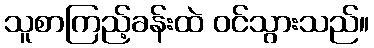
သူစာကြည့်ခန်းထဲ ဝင်သွားသည်။